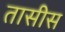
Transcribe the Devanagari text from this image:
तासीस